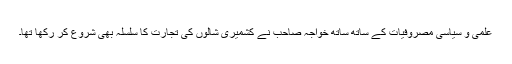
علمی و سیاسی مصروفیات کے ساتھ ساتھ خواجہ صاحب نے کشمیری شالوں کی تجارت کا سلسلہ بھی شروع کر رکھا تھا۔